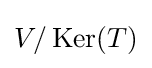
V/\operatorname {Ker} (T)